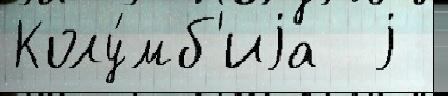
Колу́мб'иjа  j